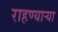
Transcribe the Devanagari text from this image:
राहण्यार्‍या